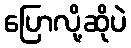
ပြောလို့ဆိုပဲ